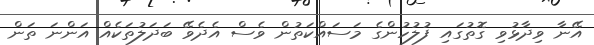
އޭނާ ވިދާޅުވި ގޮތުގައި ފުލުހުންގެ މަސައްކަތުން ވެސް އެދެވޭ ބަދަލުތަކެއް އަންނަ ތަން